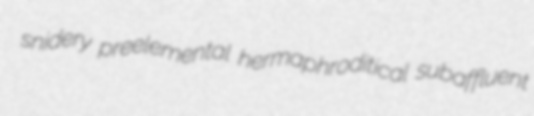
snidery preelemental hermaphroditical subaffluent